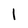
Character: I